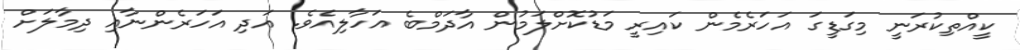
ކީއްތިކުރަނީ މިގަޑީގަ އަހަރެމެން ކައިރީ މަޑުކޮށްލަމުން އާދަމްބެ އަހާލިއެވެ. އަދި އަހަރެންނާއި ދިމާލަށް